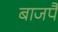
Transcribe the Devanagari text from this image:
बाजपै